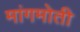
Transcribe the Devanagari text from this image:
मांगमोती